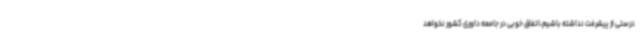
درستی از پیشرفت نداشته باشیم،اتفاق خوبی در جامعه داوری کشور نخواهد